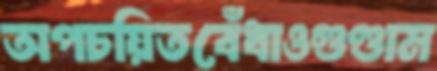
অপচয়িতবেঁধাওগুণ্ডাম